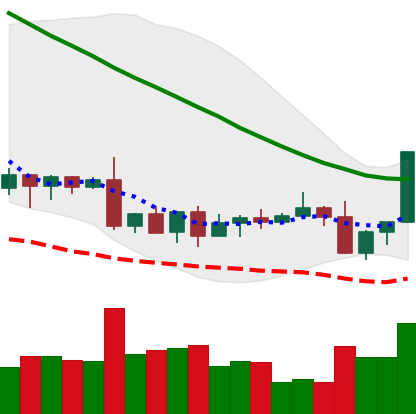
Ticker: XLM-USD
Chart end date: 2022-09-09
Forward return: -8.083%
Label: down_7plus